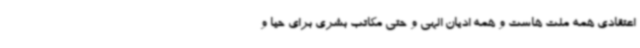
اعتقادی همه ملت هاست و همه ادیان الهی و حتی مکاتب بشری برای حیا و